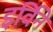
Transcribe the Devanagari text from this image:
इर्विने